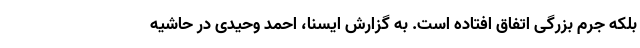
بلکه جرم بزرگی اتفاق افتاده است. به گزارش ایسنا، احمد وحیدی در حاشیه